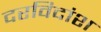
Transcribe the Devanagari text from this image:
दरविदांश